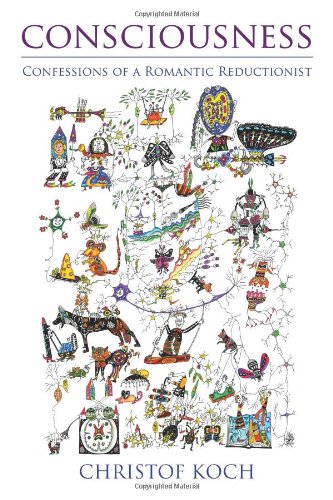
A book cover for Consciousness: Confessions of a Romantic Reductionist; Christof Koch; Politics & Social Sciences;